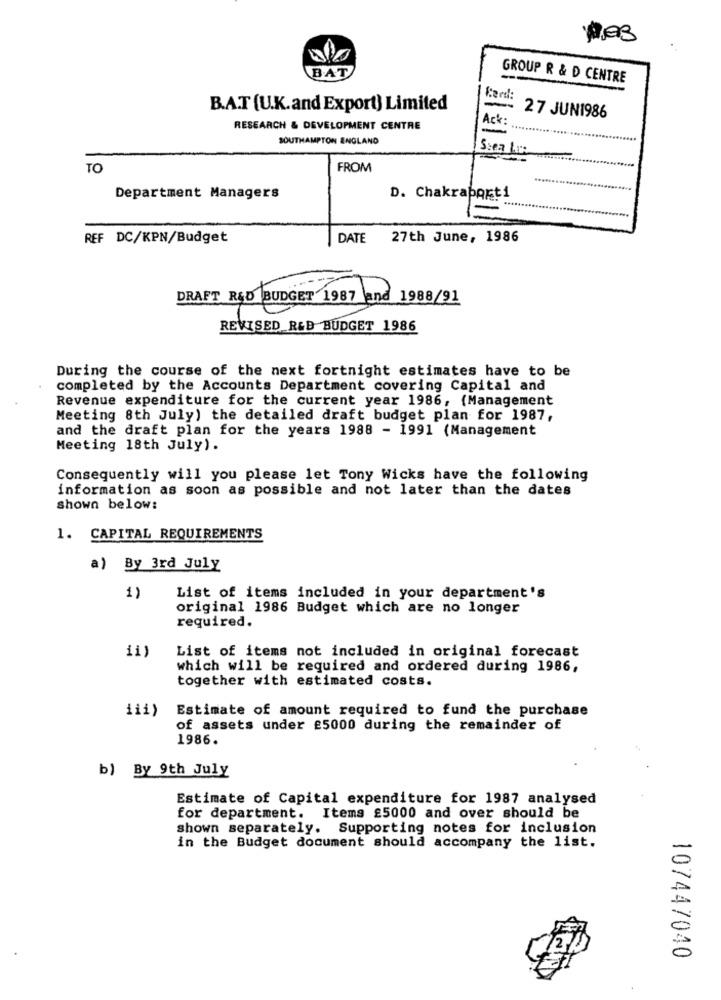
BAT
GROUP R & D CENTRE
Card:
B.A.T (U.K.and Export) Limited
27 JUN1986
RESEARCH & DEVELOPMENT CENTRE
SOUTHAMPTON ENGLAND
Scea Los
TO
FROM
Department Managers
D. Chakraporti
11
REF DC/KPN/Budget
DATE 27th June, 1986
DRAFT R&D BUDGET 1987 and 1988/91
REVISED_R&D BUDGET 1986
During the course of the next fortnight estimates have to be
completed by the Accounts Department covering Capital and
Revenue expenditure for the current year 1986, {Management
Meeting 8th July) the detailed draft budget plan for 1987,
and the draft plan for the years 1988 - 1991 (Management
Meeting 18th July).
Consequently will you please let Tony Wicks have the following
information as soon as possible and not later than the dates
shown below:
1. CAPITAL REQUIREMENTS
a) By 3rd July
1)
List of items included in your department's
original 1986 Budget which are no longer
required.
List of items not included in original forecast
which will be required and ordered during 1986,
together with estimated costs.
Estimate of amount required to fund the purchase
of assets under £5000 during the remainder of
1986.
b) By 9th July
Estimate of Capital expenditure for 1987 analysed
for department. Items £5000 and over should be
shown separately. Supporting notes for inclusion
in the Budget document should accompany the list.
107447040